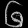
Digit: ၆